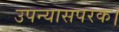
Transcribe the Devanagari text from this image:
उपन्यासपरक।